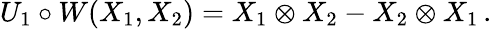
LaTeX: U_{1}\circ W(X_{1},X_{2})=X_{1}\otimes X_{2}-X_{2}\otimes X_{1}\, .